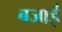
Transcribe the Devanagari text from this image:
बजाईं